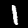
Digit: 1